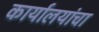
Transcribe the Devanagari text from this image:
कार्यालयांचा